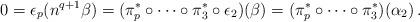
LaTeX: \begin{align*} 0 = \epsilon_p(n^{q+1}\beta) = (\pi_p^*\circ \cdots \circ \pi_3^*\circ \epsilon_2)(\beta) = (\pi_p^*\circ \cdots \circ \pi_3^*)(\alpha_2)\,.\end{align*}